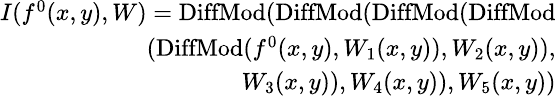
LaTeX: \small\begin{array}{r}{I(f^{0}(x,y),W)=\mathrm{DiffMod}(\mathrm{DiffMod}(\mathrm{DiffMod}(\mathrm{DiffMod}}\\ {(\mathrm{DiffMod}(f^{0}(x,y),W_{1}(x,y)),W_{2}(x,y)),}\\ {W_{3}(x,y)),W_{4}(x,y)),W_{5}(x,y))}\end{array}